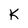
Character: K